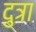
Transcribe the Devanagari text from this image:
दुत्रा